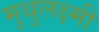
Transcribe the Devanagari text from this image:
मुथुलक्ष्मी